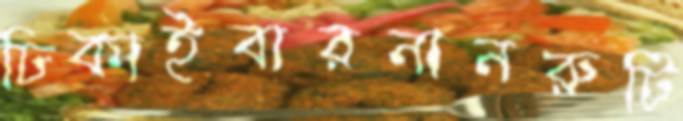
ঢিকাইবারনানরুটি